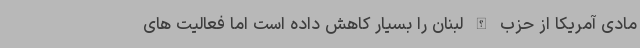
مادی آمریکا از حزب الله لبنان را بسیار کاهش داده است اما فعالیت های